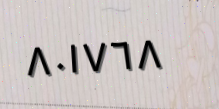
٨٠١٧٦٨